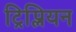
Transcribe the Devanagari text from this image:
ट्रिप्लियन